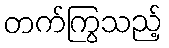
တက်ကြွသည့်